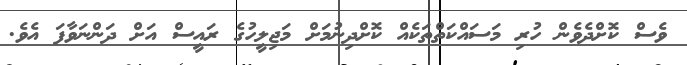
ވެސް ކޮށްދެވެން ހުރި މަސައްކަތްތަކެއް ކޮށްދިނުމަށް މަޖިލީހުގެ ރައީސް އަށް ދަންނަވާފަ އެވެ.